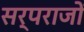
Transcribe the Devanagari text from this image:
सर्पराजों